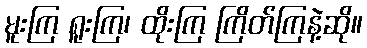
မူးကြ ရူးကြ၊ ထိုးကြ ကြိတ်ကြနဲ့ဆို။